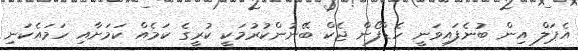
އެޕަލް އިން ބުނެފައިވަނީ ހެޑްފޯން ޖެކް ބޭނުންކުރުމަކީ ކުރީގެ ކަމެއް ކަމަށާއި ހަމައެކަނި